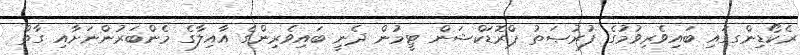
ރެކޯޑިންގގައި ބައިވެރިވުމުގެ ފުރުޞަތު ޕްރޮޑަކްޝަން ޓީމުން ދެނީ ބައިވެރިންގެ އާއިލާގެ މެންބަރުންނަށާއި ގާތް